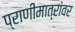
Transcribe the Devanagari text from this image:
प्राणीमात्रांवर